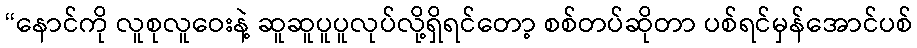
“နောင်ကို လူစုလူဝေးနဲ့ ဆူဆူပူပူလုပ်လို့ရှိရင်တော့ စစ်တပ်ဆိုတာ ပစ်ရင်မှန်အောင်ပစ်